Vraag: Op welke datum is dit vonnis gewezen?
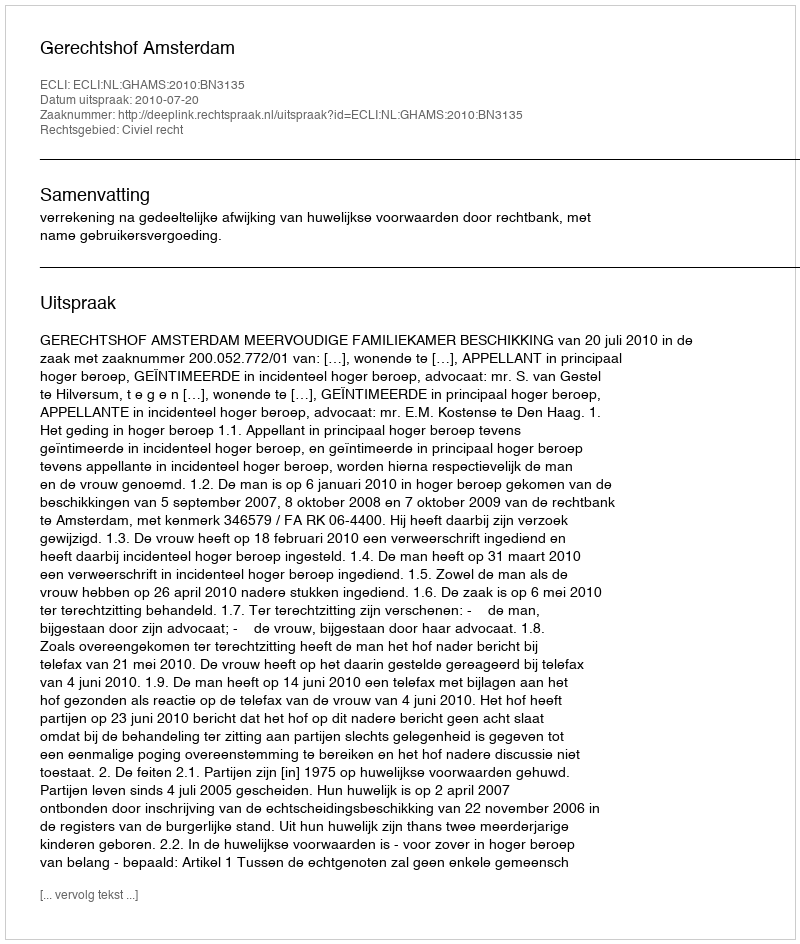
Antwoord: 2010-07-20